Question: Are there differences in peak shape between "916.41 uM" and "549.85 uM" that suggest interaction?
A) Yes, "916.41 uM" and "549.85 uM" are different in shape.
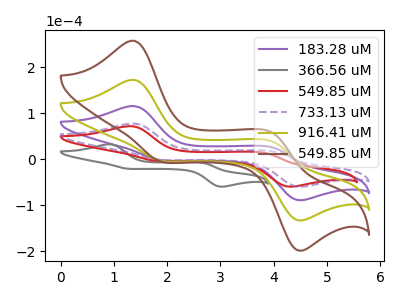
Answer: <think>The purple curve "183.28 uM" has anodic peaks at (1.35V, 115.40uA) (3.95V, 25.85uA) and cathodic peaks at (1.85V, -1.95uA) (4.45V, -88.20uA). The gray curve "366.56 uM" has anodic peaks at (0.90V, 32.35uA) (2.65V, -7.95uA) and cathodic peaks at (1.25V, -20.50uA) (3.00V, -59.30uA). The red curve "549.85 uM" has anodic peaks at (1.30V, 71.80uA) (3.80V, 14.25uA) and cathodic peaks at (1.80V, -3.65uA) (4.25V, -59.10uA). The purple dashed curve "733.13 uM" has anodic peaks at (1.35V, 77.30uA) (3.95V, 17.35uA) and cathodic peaks at (1.85V, -1.30uA) (4.45V, -59.05uA). The olive curve "916.41 uM" has anodic peaks at (1.35V, 230.85uA) (3.95V, 51.75uA) and cathodic peaks at (1.85V, -3.95uA) (4.45V, -176.40uA). The brown curve "549.85 uM" has anodic peaks at (1.35V, 346.25uA) (3.95V, 77.60uA) and cathodic peaks at (1.85V, -5.90uA) (4.45V, -264.60uA).
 "916.41 uM" and "549.85 uM" have at least one peak that do not match.</think>
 <answer>A) Yes, "916.41 uM" and "549.85 uM" are different in shape.</answer>
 <eval>A</eval>